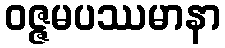
ဝဇ္ဇမပဿမာနာ